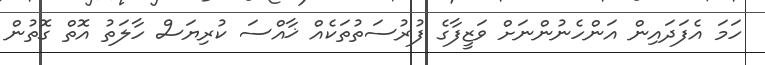
ހަމަ އެފަދައިން އަންހެނުންނަށް ވަޒީފާގެ ފުރުސަތުތަކެއް ޚާއްސަ ކުރިޔަސް ހާލަތު އޮތް ގޮތުން